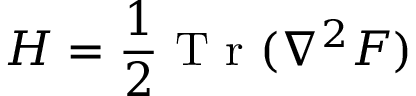
H = \frac { 1 } { 2 } \mathrm { ~ T ~ r ~ } ( \nabla ^ { 2 } F )